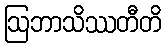
ဩဘာသိဿတီတိ